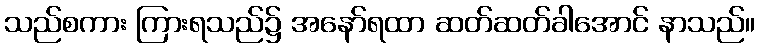
သည်စကား ကြားရသည်၌ အနော်ရထာ ဆတ်ဆတ်ခါအောင် နာသည်။